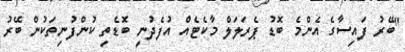
"ބޭރު ފައިސާގެ އެންމެ ބޮޑު ޕެރަލަލް މާކެޓެއް އުފެދުނީ ބޮޑެތި ކުންފުނިތަކުން ބޭރު